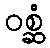
ဝစ္ဆံ